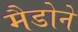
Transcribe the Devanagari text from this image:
मैडोने